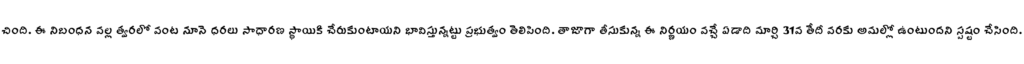
చింది. ఈ నిబంధన వల్ల త్వరలో వంట నూనె ధరలు సాధారణ స్థాయికి చేరుకుంటాయని భావిస్తున్నట్టు ప్రభుత్వం తెలిపింది. తాజాగా తీసుకున్న ఈ నిర్ణయం వచ్చే ఏడాది మార్చి 31వ తేదీ వరకు అమల్లో ఉంటుందని స్పష్టం చేసింది.